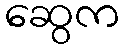
ဆွေက